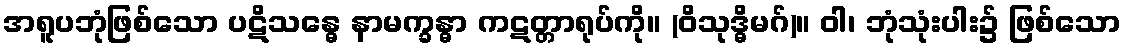
အရူပဘုံဖြစ်သော ပဋိသန္ဓေ နာမက္ခန္ဓာ ကဋတ္တာရုပ်ကို။ (ဝိသုဒ္ဓိမဂ်)။ ဝါ၊ ဘုံသုံးပါး၌ ဖြစ်သော